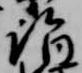
詣